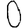
Digit: 0